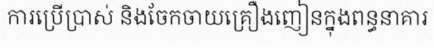
ការប្រើប្រាស់ និងចែកចាយគ្រឿងញៀនក្នុងពន្ធនាគារ